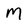
Character: M